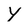
Character: Y